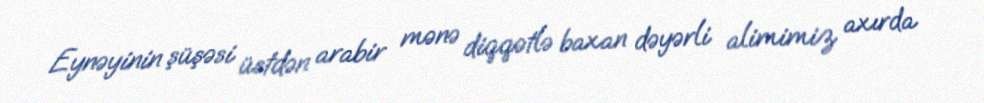
Eynəyinin şüşəsi üstdən arabir mənə diqqətlə baxan dəyərli alimimiz axırda